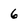
Character: 6